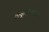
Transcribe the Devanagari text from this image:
ठाकूरसिंगांच्या